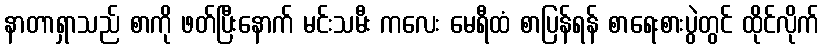
နာတာရှာသည် စာကို ဖတ်ပြီးနောက် မင်းသမီး ကလေး မေရီထံ စာပြန်ရန် စာရေးစားပွဲတွင် ထိုင်လိုက်